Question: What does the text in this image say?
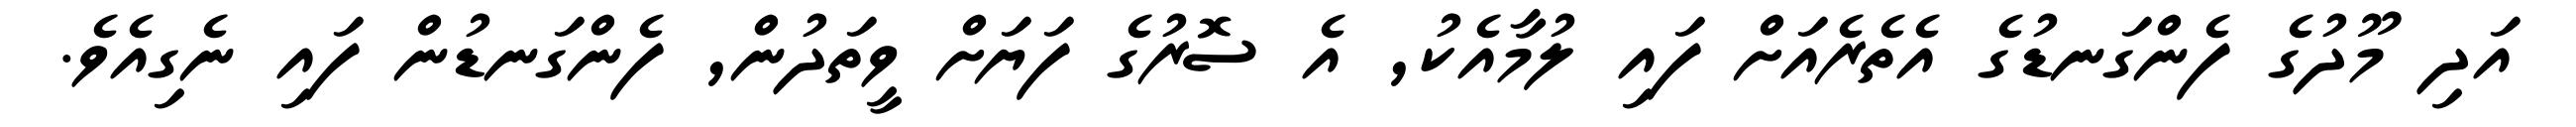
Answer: އަދި މޫދުގެ ފެންގަނޑުގެ އެތެރެއަށް ފައި ލުމާއެކު, އެ ސޮރުގެ ފަޔަށް ވީތަދުން, ފެންގަނޑުން ފައި ނެގިއެވެ.